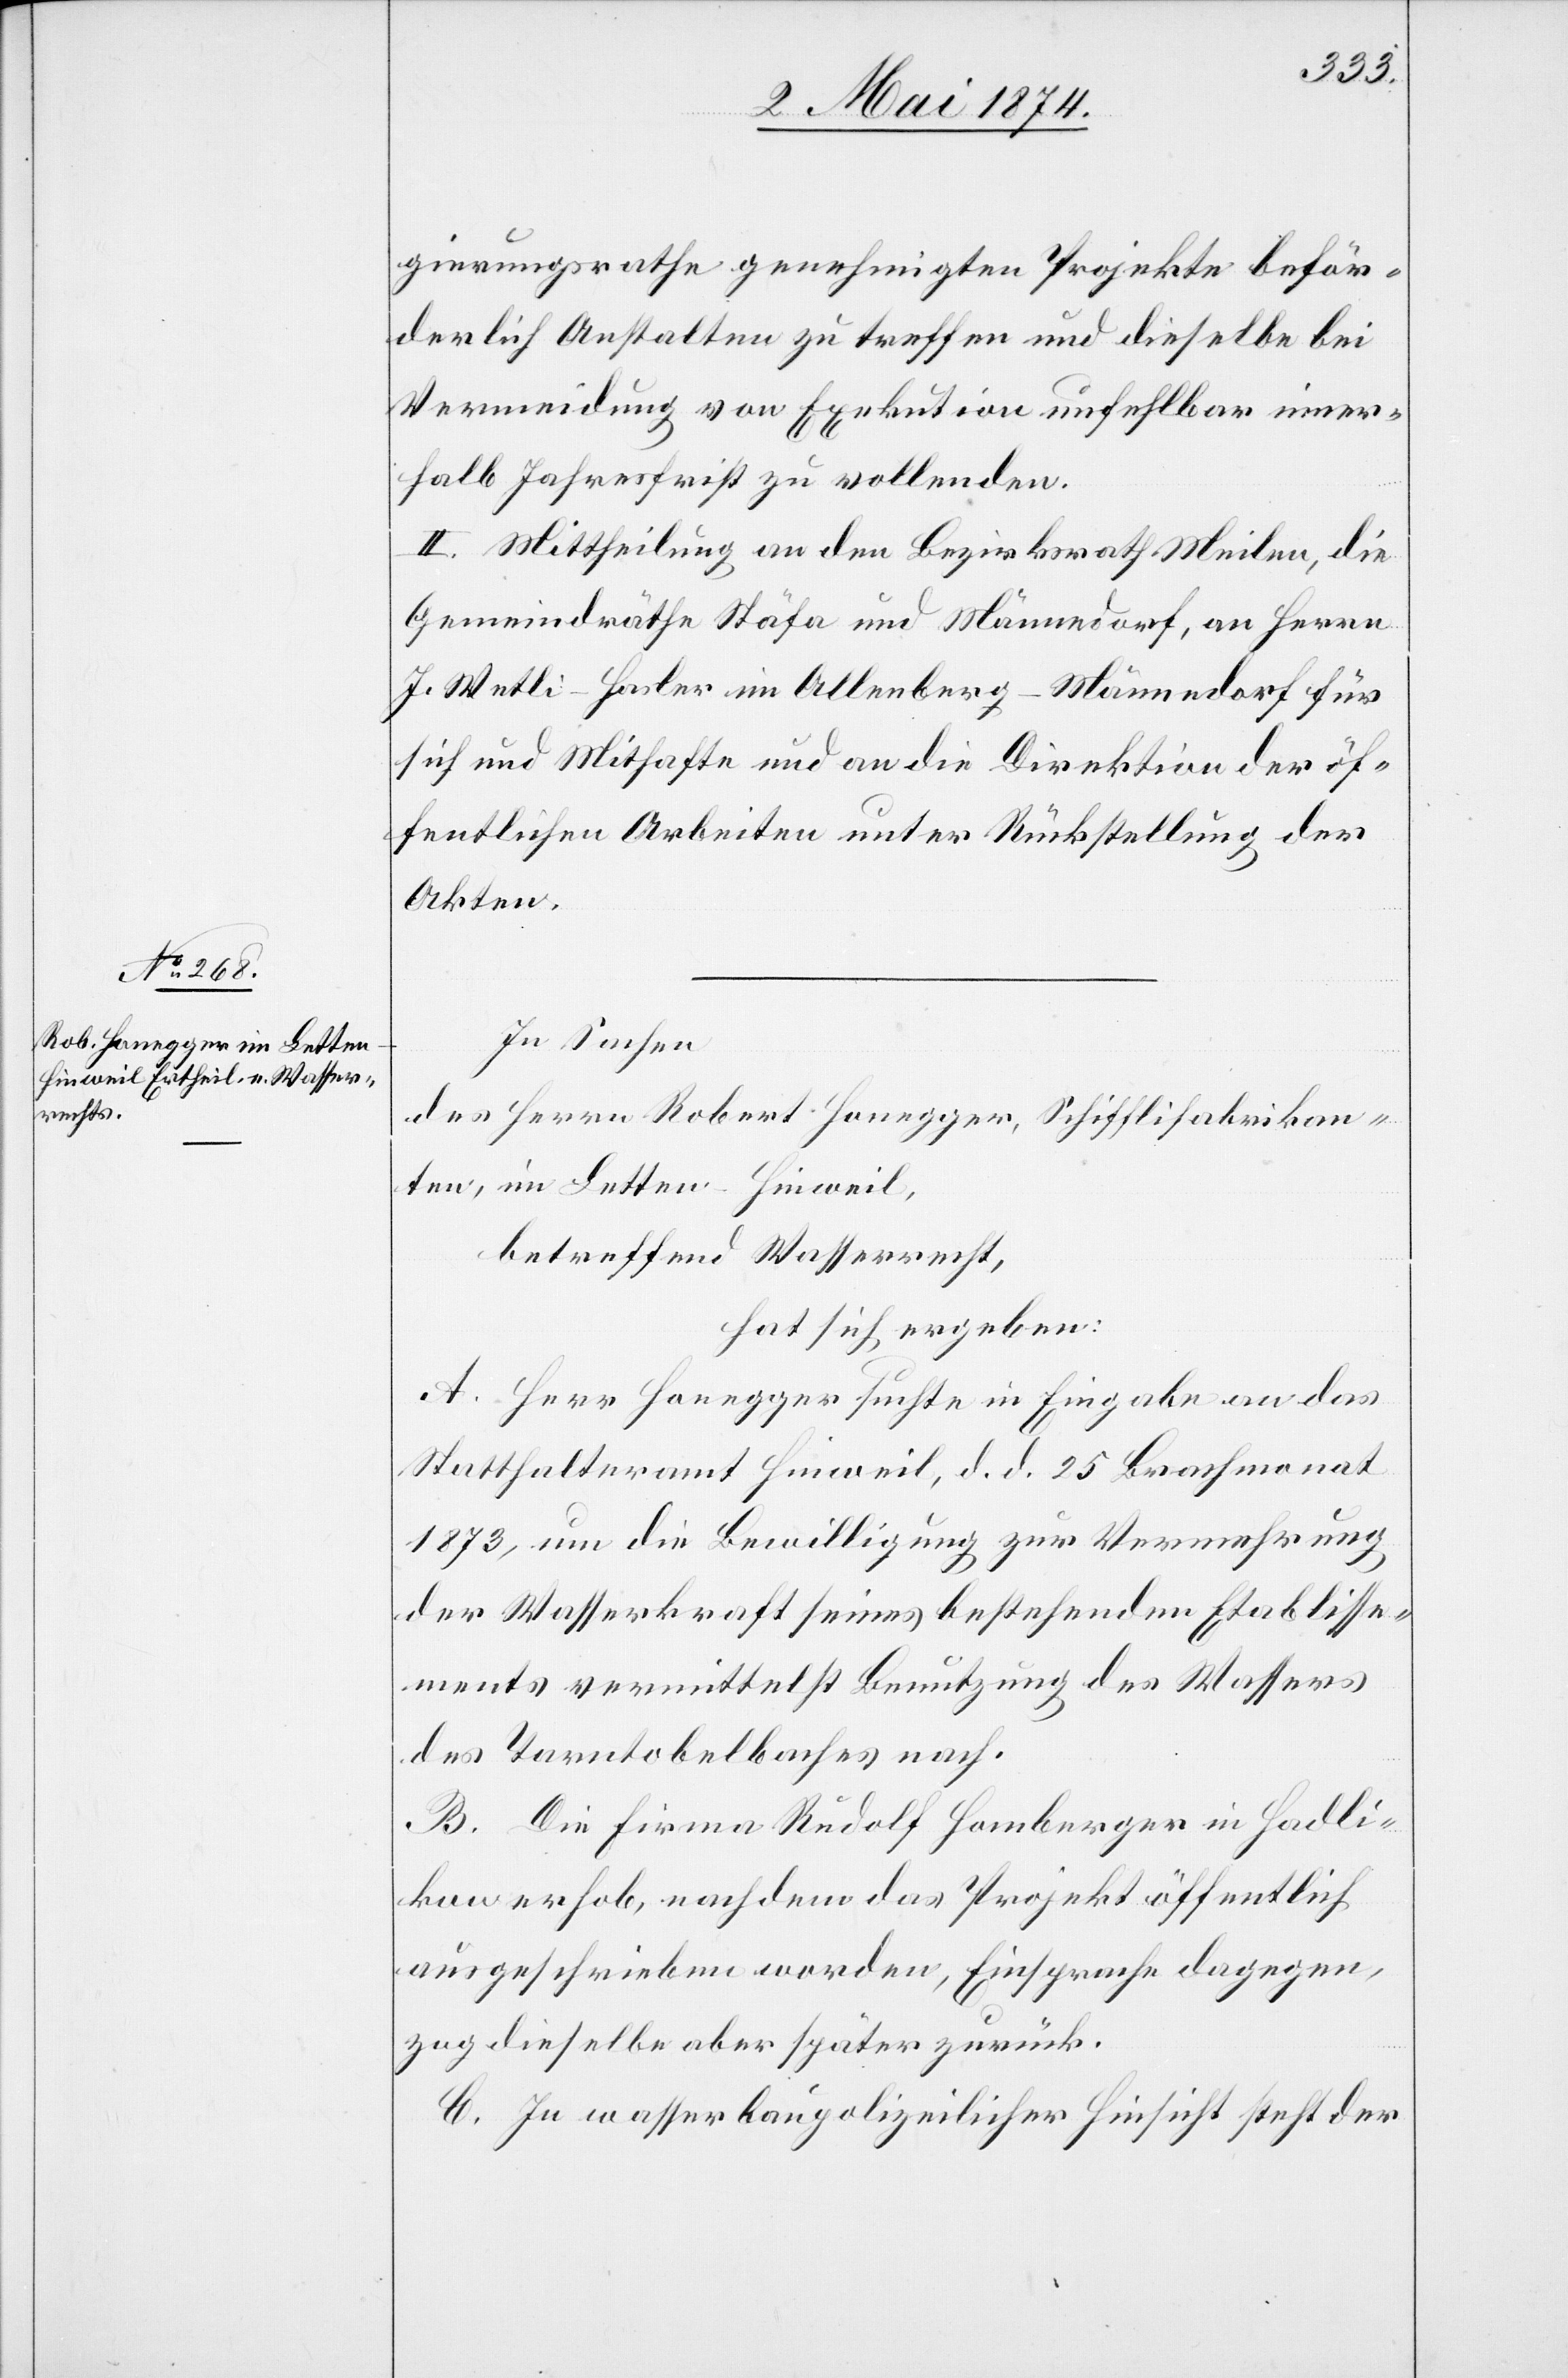
gierungsrathe genehmigten Projekte beför¬
derlich Anstalten zu treffen und dieselbe bei
Vermeidung von Exekution unfehlbar inner¬
halb Jahresfrist zu vollenden.
II. Mittheilung an den Bezirksrath Meilen, die
Gemeindräthe Stäfa und Männedorf, an Herrn
J. Wetli-Hasler im Allenberg-Männedorf für
sich und Mithafte und an die Direktion der öf¬
fentlichen Arbeiten unter Rückstellung der
Akten.
In Sachen
des Herrn Robert Honegger, Schifflifabrikan¬
ten im Letten-Hinweil,
betreffend Wasserrecht,
hat sich ergeben:
A. Herr Honegger suchte in Eingabe an das
Statthalteramt Hinweil, d. d. 25. Brachmonat
1873, um die Bewilligung zur Vermehrung
der Wasserkraft seines bestehenden Etablisse¬
ments vermittelst Benutzung des Wassers
des Tarntobelbaches nach.
B. Die Firma Rudolf Homberger in Hadli¬
kon erhob, nachdem das Projekt öffentlich
ausgeschrieben worden, Einsprache dagegen,
zog dieselbe aber später zurück.
C. In wasserbaupolizeilicher Hinsicht steht der